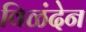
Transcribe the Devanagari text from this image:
विळंदेन